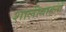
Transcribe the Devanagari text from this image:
शालीवाहनों